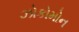
ઝોકોમોન